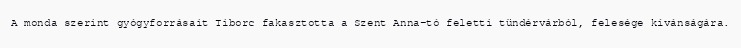
A monda szerint gyógyforrásait Tiborc fakasztotta a Szent Anna-tó feletti tündérvárból, felesége kívánságára.